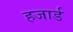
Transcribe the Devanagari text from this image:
हजार्ड